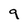
Character: 9